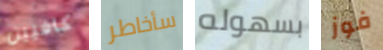
كافيين سأخاطر بسهوله فوز